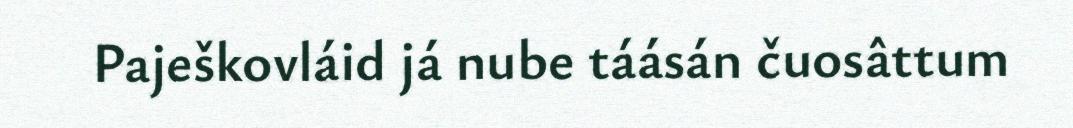
Paješkovláid já nube táásán čuosâttum